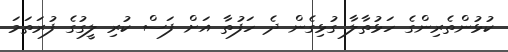
ކުޅުންތެރިންގެ ހަޅުތާލާ ގުޅިގެން ދެ ހަފުތާ އަށް ފަސް ކުރި ލީގުގެ ފުރަތަމަ